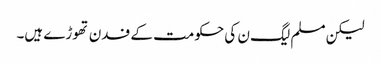
لیکن مسلم لیگ ن کی حکومت کے فدن تھوڑے ہیں۔